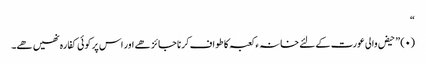
“
(۰) ” حیض والی عورت کے لئے خانہ ء کعبہ کا طواف کرنا جائز ھے اور اس پر کوئی کفارہ نھیں ھے۔